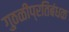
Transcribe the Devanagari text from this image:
गुठळीप्रतिबंधक